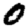
Digit: 0